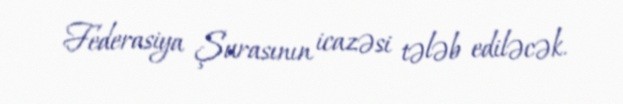
Federasiya Şurasının icazəsi tələb ediləcək.